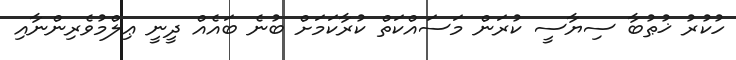
ހުކުރު ޚުޠުބާ ސިޔާސީ ކުރަން މަސައްކަތް ކުރާކަމަށް ބުނެ ބައެއް ދީނީ ޢިލްމުވެރިންނާއި